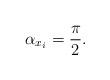
LaTeX: \begin{align*}\alpha_{x_i} = \frac{\pi}{2}.\end{align*}